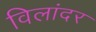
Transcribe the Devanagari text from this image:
विलांदर